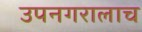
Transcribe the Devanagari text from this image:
उपनगरालाच